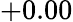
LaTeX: +0.00